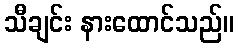
သီချင်း နားထောင်သည်။